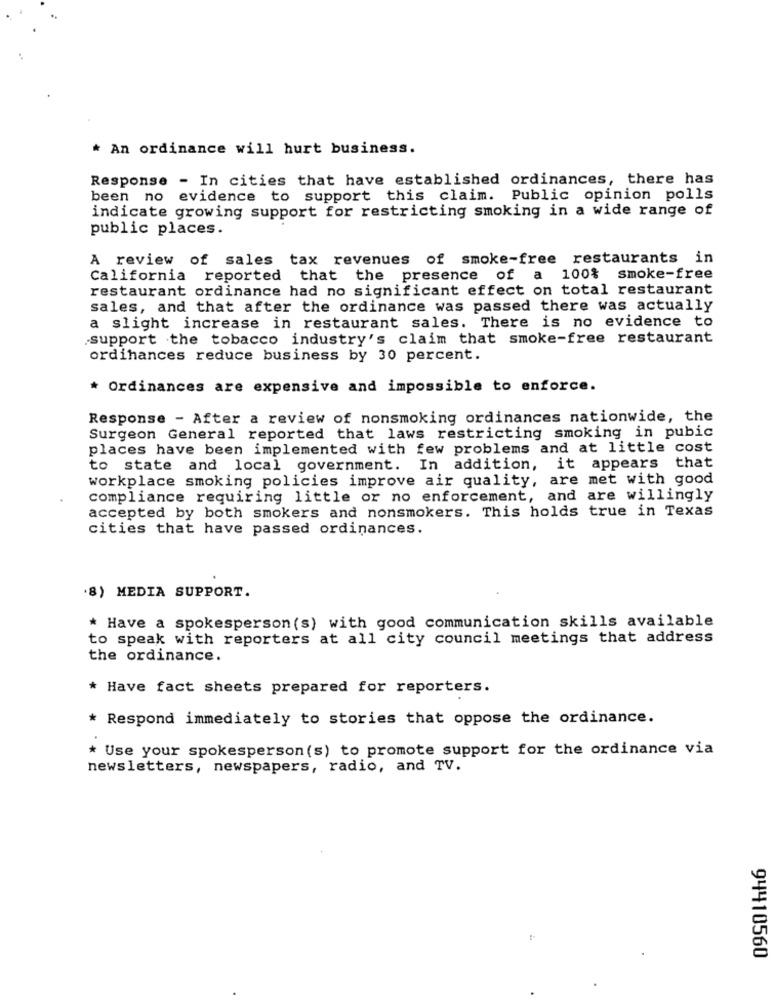
* An ordinance will hurt business.
Response - In cities that have established ordinances, there has
been no evidence to support this claim. Public opinion polls
indicate growing support for restricting smoking in a wide range of
public places.
A review of sales tax revenues of smoke-free restaurants in
California reported that the presence of a 100% smoke-free
restaurant ordinance had no significant effect on total restaurant
sales, and that after the ordinance was passed there was actually
a slight increase in restaurant sales. There is no evidence to
support the tobacco industry's claim that smoke-free restaurant
ordinances reduce business by 30 percent.
* Ordinances are expensive and impossible to enforce.
Response - After a review of nonsmoking ordinances nationwide, the
Surgeon General reported that laws restricting smoking in pubic
places have been implemented with few problems and at little cost
to state and local government. In addition, it appears that
workplace smoking policies improve air quality, are met with good
compliance requiring little or no enforcement, and are willingly
accepted by both smokers and nonsmokers. This holds true in Texas
cities that have passed ordinances.
.8) MEDIA SUPPORT.
* Have a spokesperson (s) with good communication skills available
to speak with reporters at all city council meetings that address
the ordinance.
* Have fact sheets prepared for reporters.
* Respond immediately to stories that oppose the ordinance.
* Use your spokesperson (s) to promote support for the ordinance via
newsletters, newspapers, radio, and TV.
94410560